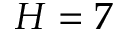
H = 7